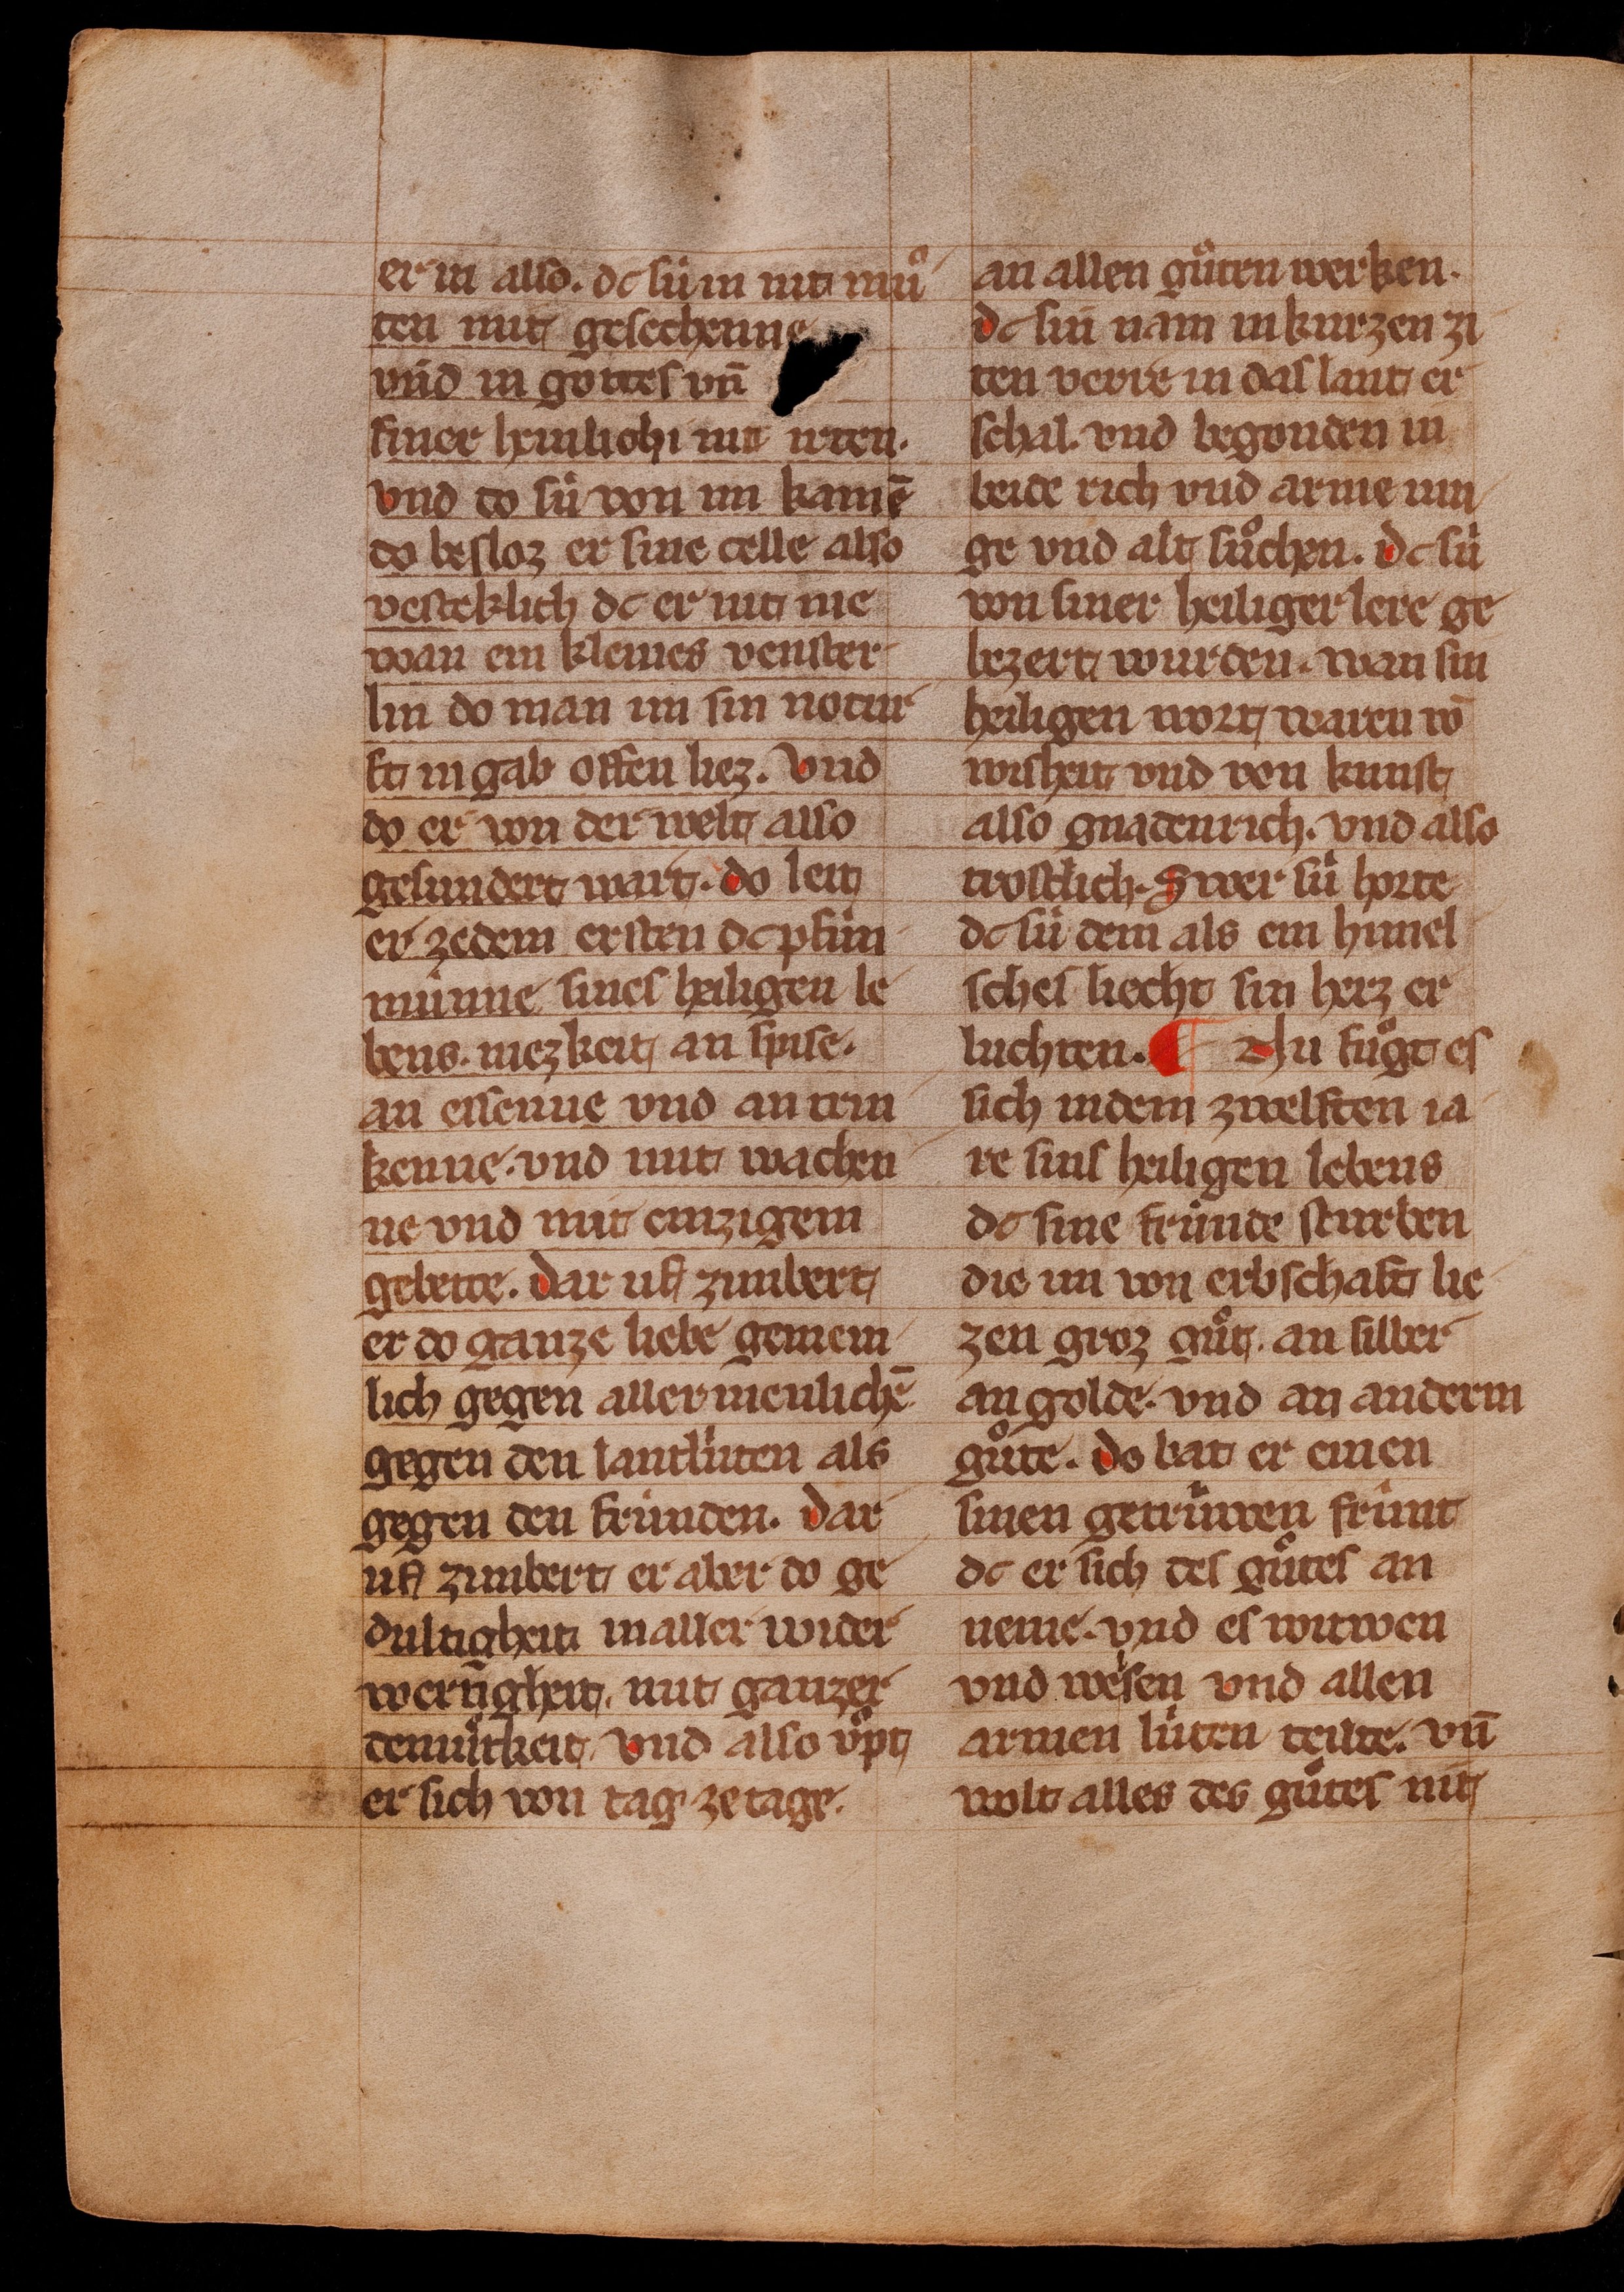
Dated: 1350–1374